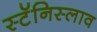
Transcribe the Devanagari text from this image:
स्टॅनिस्लाव